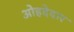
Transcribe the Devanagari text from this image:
ओहदेदार